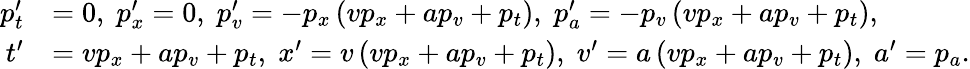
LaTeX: \begin{array}{rl}{p_{t}^{\prime}}&{=0,\; p_{x}^{\prime}=0,\; p_{v}^{\prime}=-p_{x}\left(vp_{x}+ap_{v}+p_{t}\right),\; p_{a}^{\prime}=-p_{v}\left(vp_{x}+ap_{v}+p_{t}\right),}\\ {t^{\prime}}&{=vp_{x}+ap_{v}+p_{t},\; x^{\prime}=v\left(vp_{x}+ap_{v}+p_{t}\right),\; v^{\prime}=a\left(vp_{x}+ap_{v}+p_{t}\right),\; a^{\prime}=p_{a}.}\end{array}